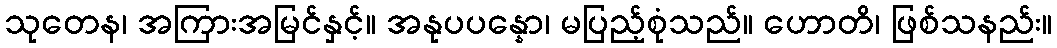
သုတေန၊ အကြားအမြင်နှင့်။ အနုပပန္နော၊ မပြည့်စုံသည်။ ဟောတိ၊ ဖြစ်သနည်း။